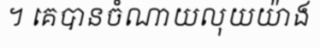
។ គេបានចំណាយលុយយ៉ាង